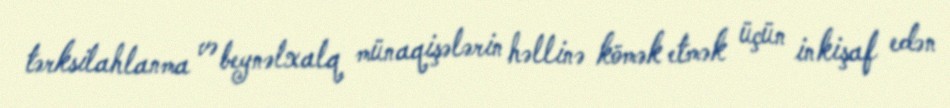
tərksilahlanma və beynəlxalq münaqişələrin həllinə kömək etmək üçün inkişaf edən